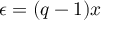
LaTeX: \epsilon = ( q - 1 ) x